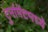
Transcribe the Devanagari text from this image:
टुर्नामेंटमध्ये